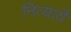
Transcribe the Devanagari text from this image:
नित्यायै